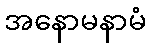
အနောမနာမံ